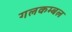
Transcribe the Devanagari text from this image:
गलकम्बल